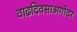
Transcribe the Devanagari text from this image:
वाढदिवसाअगोदर